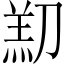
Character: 𫦑